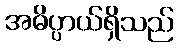
အဓိပ္ပာယ်ရှိသည်